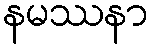
နမဿနာ